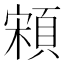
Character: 䫅